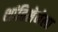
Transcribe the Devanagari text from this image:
शांतिसेनेला